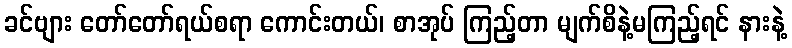
ခင်ဗျား တော်တော်ရယ်စရာ ကောင်းတယ်၊ စာအုပ် ကြည့်တာ မျက်စိနဲ့မကြည့်ရင် နားနဲ့